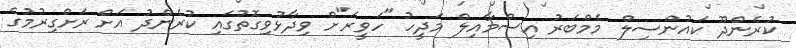
ކުރެންދޫ ކައުންސިލް މެމްބަރު އިސްމާއިލް މަދީހު "ހަވީރަ"ށް ވިދާޅުވިގޮތުގައި ކުރެންދު އަށް ރަށްގިރުމުގެ